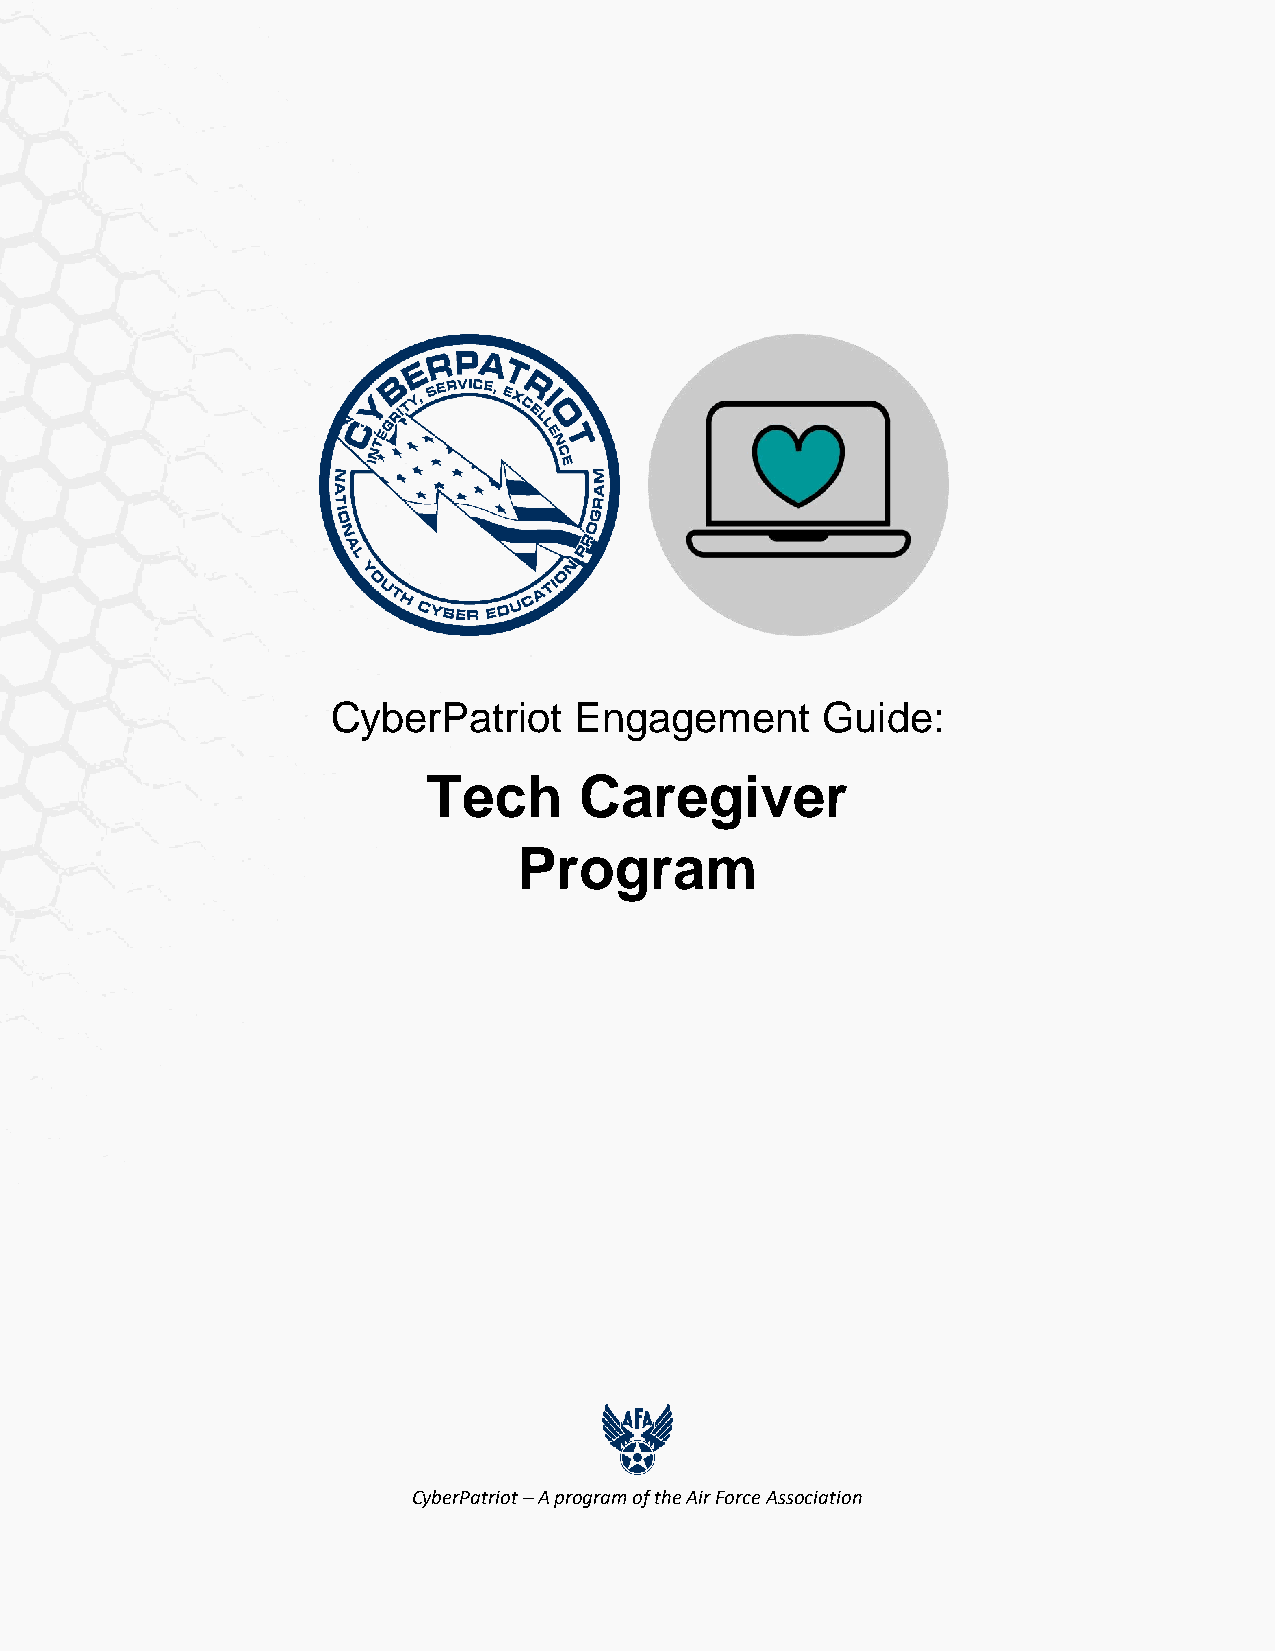
CyberPatriot    Engagement      Guide:
 Tech      Caregiver
 Program
 CyberPatriot – A program of the Air Force Association